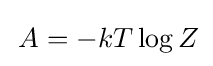
\,A=-kT\log Z